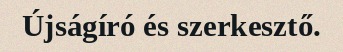
Újságíró és szerkesztő.